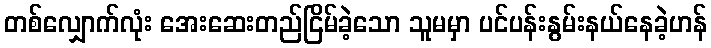
တစ်လျှောက်လုံး အေးဆေးတည်ငြိမ်ခဲ့သော သူမမှာ ပင်ပန်းနွမ်းနယ်နေခဲ့ဟန်